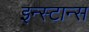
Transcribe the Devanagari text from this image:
इन्स्टान्स